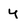
Character: y